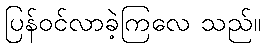
ပြန်ဝင်လာခဲ့ကြလေ သည်။